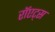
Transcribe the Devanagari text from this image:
रॉएट्स